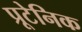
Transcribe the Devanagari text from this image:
प्रूटेनिक